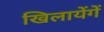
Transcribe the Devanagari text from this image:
खिलायेंगें